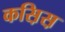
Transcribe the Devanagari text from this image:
कस़िस़